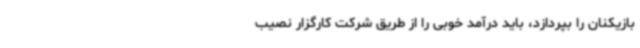
بازیکنان را بپردازد، باید درآمد خوبی را از طریق شرکت کارگزار نصیب